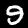
Label: 9